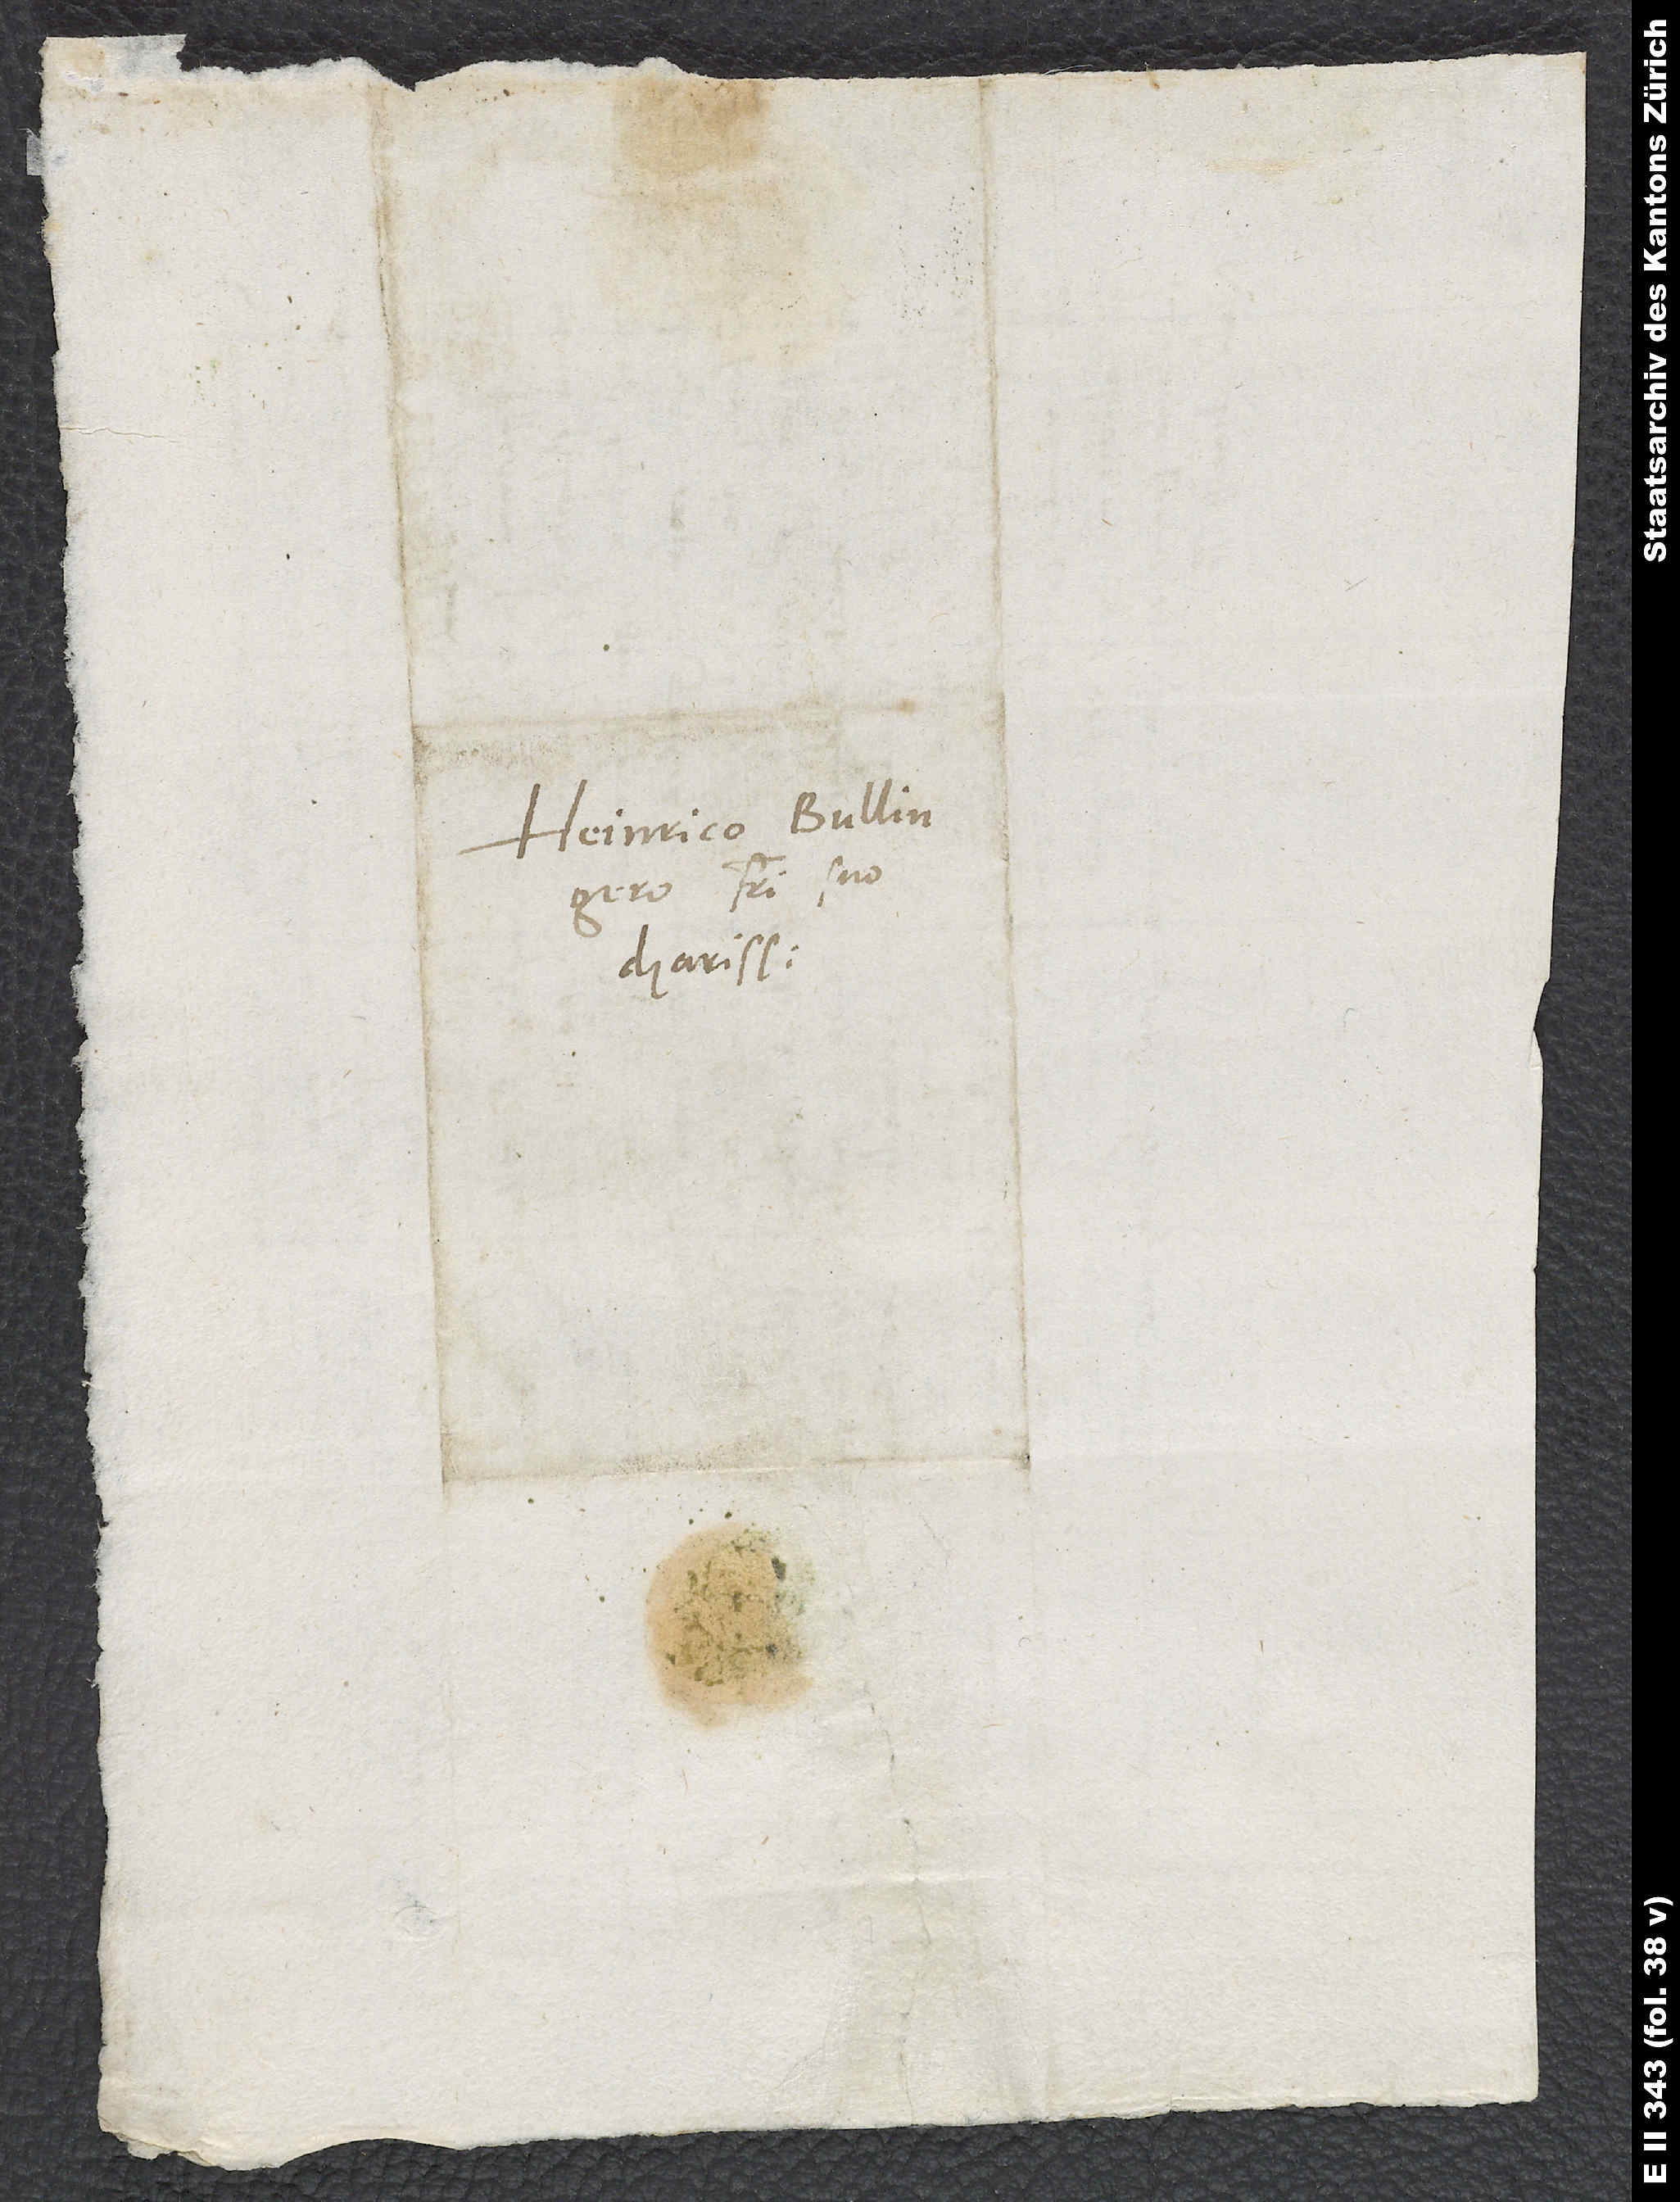
Heinrico Bullingero,
fratri suo
charissimo.